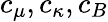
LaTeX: c_{\mu},c_{\kappa},c_{B}